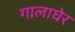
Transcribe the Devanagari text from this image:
गालाघेर